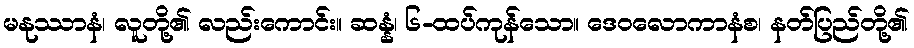
မနုဿာနံ၊ လူတို့၏ လည်းကောင်း။ ဆန္နံ၊ ၆-ထပ်ကုန်သော။ ဒေဝလောကာနံစ၊ နတ်ပြည်တို့၏